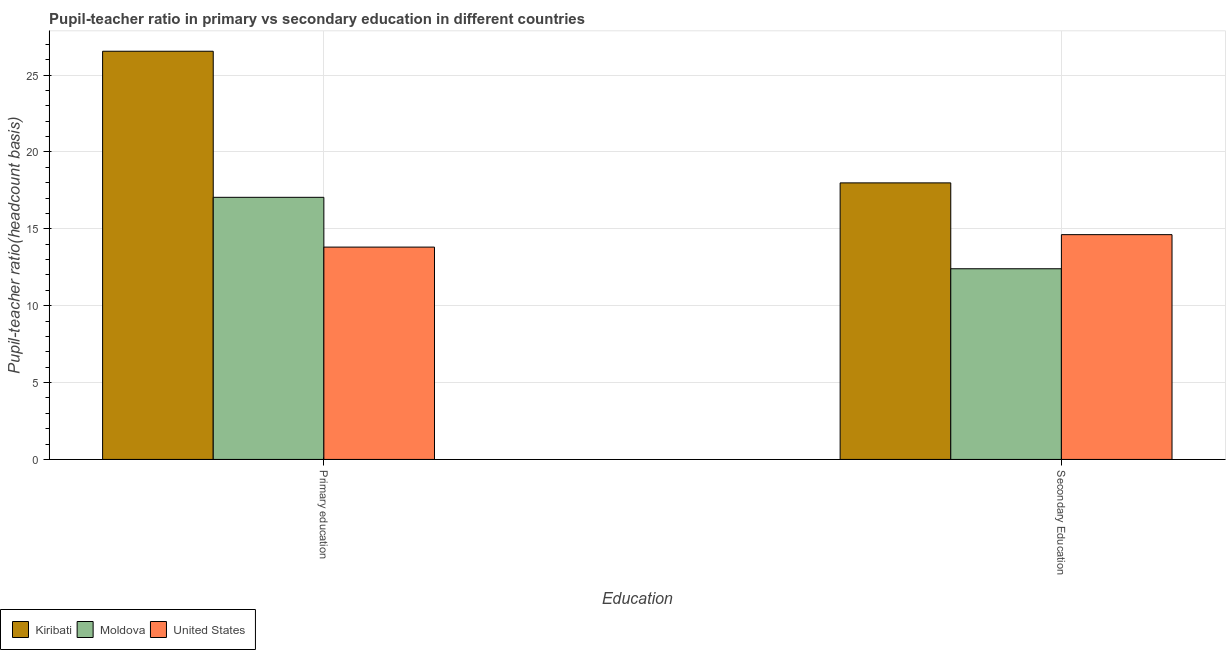
| Education | Kiribati | Moldova | United States |
 | --- | --- | --- | --- |
 | Primary education | 26.5 | 17 | 13.8 |
 | Secondary Education | 18 | 12.4 | 14.6 |